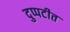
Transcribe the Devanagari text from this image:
दुप्पटीत